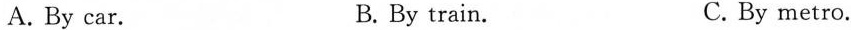
A. By car. B. By train. C. By metro.